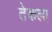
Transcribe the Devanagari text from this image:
तेकला